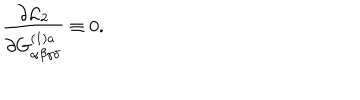
\frac { \partial { \cal L } _ { 2 } } { \partial G _ { \alpha \beta \gamma \delta } ^ { ( 1 ) a } } \equiv 0 .